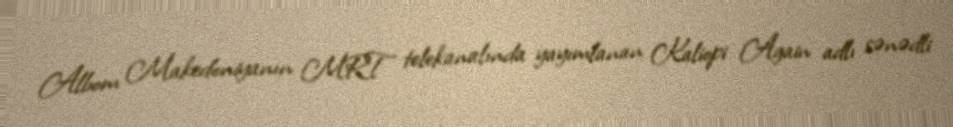
Albom Makedoniyanın MRT telekanalında yayımlanan Kaliopi Again adlı sənədli